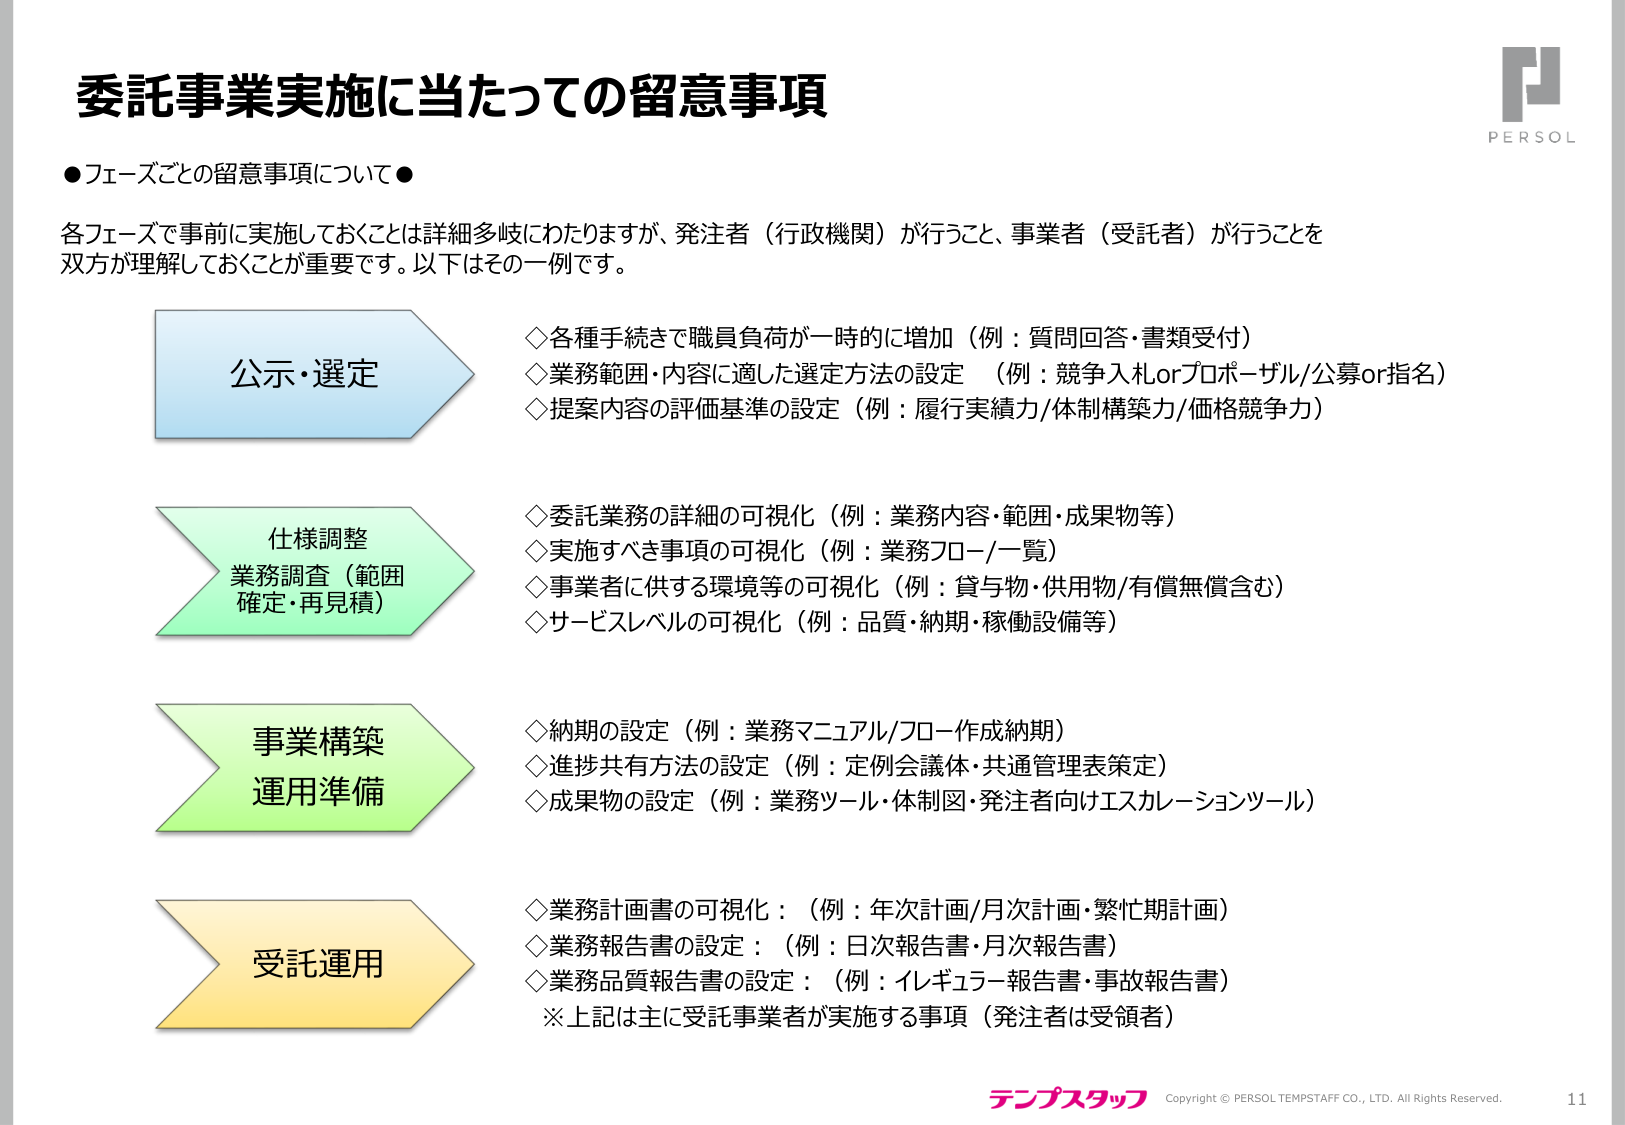
委託事業実施に当たっての留意事項

●フェーズごとの留意事項について●

各フェーズで事前に実施しておくことは詳細多岐にわたりますが、発注者（行政機関）が行うこと、事業者（受託者）が行うことを双方が理解しておくことが重要です。以下はその一例です。

公示・選定
◇各種手続きで職員負荷が一時的に増加（例：質問回答・書類受付）
◇業務範囲・内容に適した選定方法の設定（例：競争入札orプロポーザル/公募or指名）
◇提案内容の評価基準の設定（例：履行実績力/体制構築力/価格競争力）

仕様調整
業務調査（範囲確定・再見積）
◇委託業務の詳細の可視化（例：業務内容・範囲・成果物等）
◇実施すべき事項の可視化（例：業務フロー/一覧）
◇事業者に供する環境等の可視化（例：貸与物・供用物/有償無償含む）
◇サービスレベルの可視化（例：品質・納期・稼働設備等）

事業構築
運用準備
◇納期の設定（例：業務マニュアル/フロー作成納期）
◇進捗共有方法の設定（例：定例会議体・共通管理表策定）
◇成果物の設定（例：業務ツール・体制図・発注者向けエスカレーションツール）

受託運用
◇業務計画書の可視化：（例：年次計画/月次計画・繁忙期計画）
◇業務報告書の設定：（例：日次報告書・月次報告書）
◇業務品質報告書の設定：（例：イレギュラー報告書・事故報告書）
※上記は主に受託事業者が実施する事項（発注者は受領者）

PERSOL
テンプスタッフ Copyright © PERSOL TEMPTAFF CO., LTD. All Rights Reserved.
11